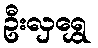
ဦးလှရွှေ